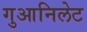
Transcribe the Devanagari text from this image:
गुआनिलेट